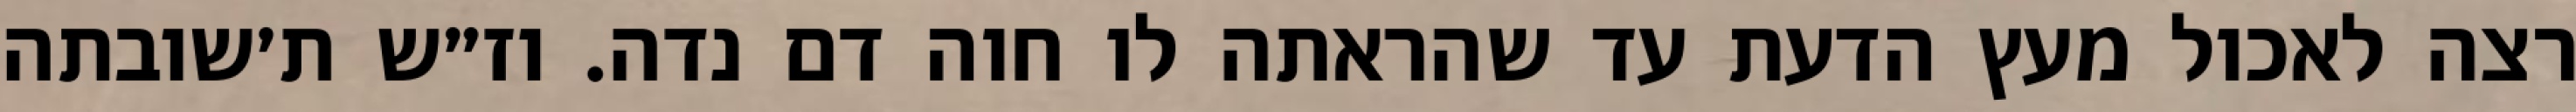
רצה לאכול מעץ הדעת עד שהראתה לו חוה דם נדה. וז״ש ת׳שובתה